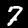
Digit: 7